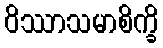
ဝိဿာသမာစိက္ခိ